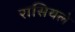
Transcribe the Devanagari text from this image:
रासियले